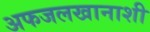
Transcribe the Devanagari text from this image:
अफजलखानाशी